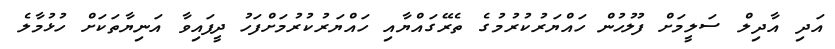
އަދި އާދިލް ސަލީމަށް ފުލުހުން ހައްޔަރުކުރުމުގެ ތެރޭގައްޔާއި ހައްޔަރުކުރުމަށްފަހު ދީފައިވާ އަނިޔާތަކަށް ހުޅުމާލެ